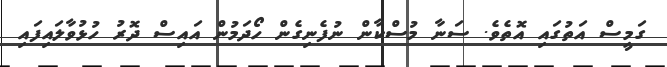
ގަމީސް އަތުގައި އޮތެވެ. ސަނާ މުސްކާން ނުފެނިގެން ހޯދަމުން އައިސް ދޮރު ހުޅުވާލައިފައި